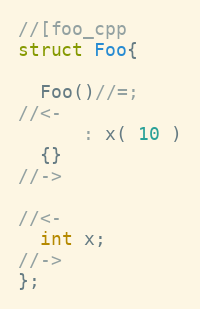
Language: C++
//[foo_cpp
struct Foo{

  Foo()//=;
//<-
      : x( 10 )
  {}
//->

//<-
  int x;
//->
};